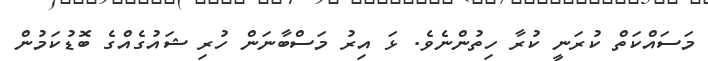
މަސައްކަތް ކުރަނީ ކުރާ ހިތުންނެވެ. ޅަ އިރު މަސްބާނަން ހުރި ޝައުގެއްގެ ބޮޑުކަމުން